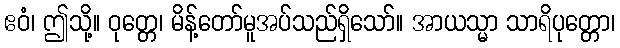
ဧဝံ၊ ဤသို့။ ဝုတ္တေ၊ မိန့်တော်မူအပ်သည်ရှိသော်။ အာယသ္မာ သာရိပုတ္တော၊